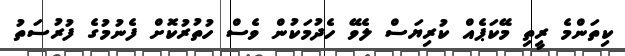
ކިތަންމެ ރީތި މޭކަޕެއް ކުރިޔަސް ލެވޭ ހެދުމަކުން ވެސް ހުތުރުކޮށް ފެނުމުގެ ފުރުސަތު